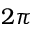
2 \pi